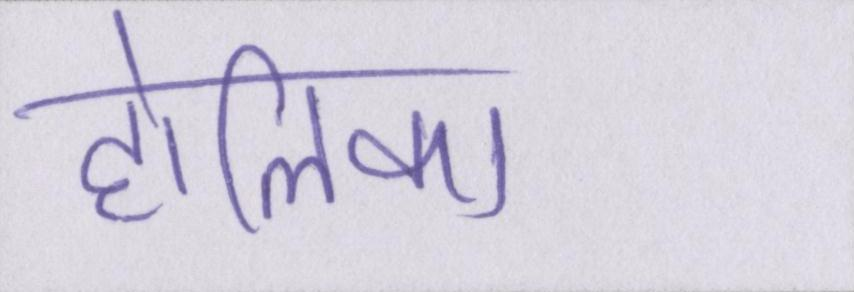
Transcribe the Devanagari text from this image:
होलिका